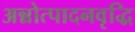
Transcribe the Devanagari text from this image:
अन्नोत्पादनवृद्धि